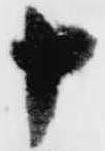
十